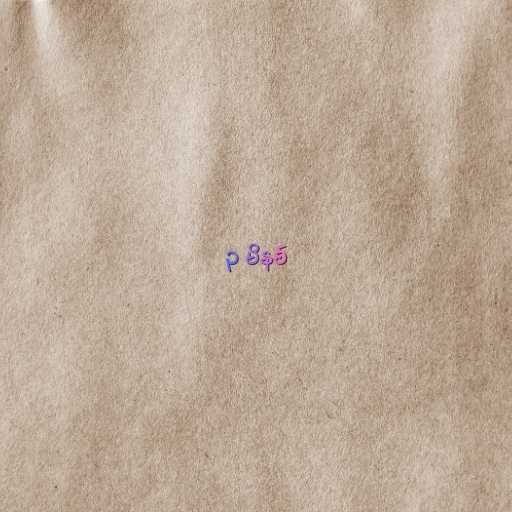
၃ မိနစ်